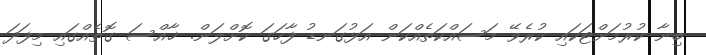
ބިނާ ކުރުމަށްޓަކައި ކުރެވޭ މަސައްކަތެއްކަން އަޅުގަނޑު ފާހަގަ ކޮށްލަން. ޚާއްސަ ގޮތެއްގައި މިފަދަ